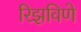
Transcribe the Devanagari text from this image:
रिझविणे